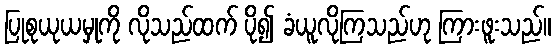
ပြုစုယုယမှုကို လိုသည်ထက် ပို၍ ခံယူလိုကြသည်ဟု ကြားဖူးသည်။